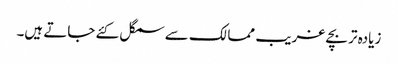
زیادہ تر بچے غریب ممالک سے سمگل کئے جاتے ہیں۔